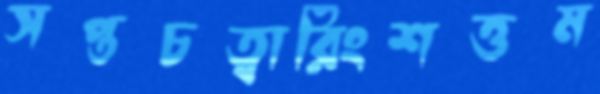
সপ্তচত্বারিংশত্তম